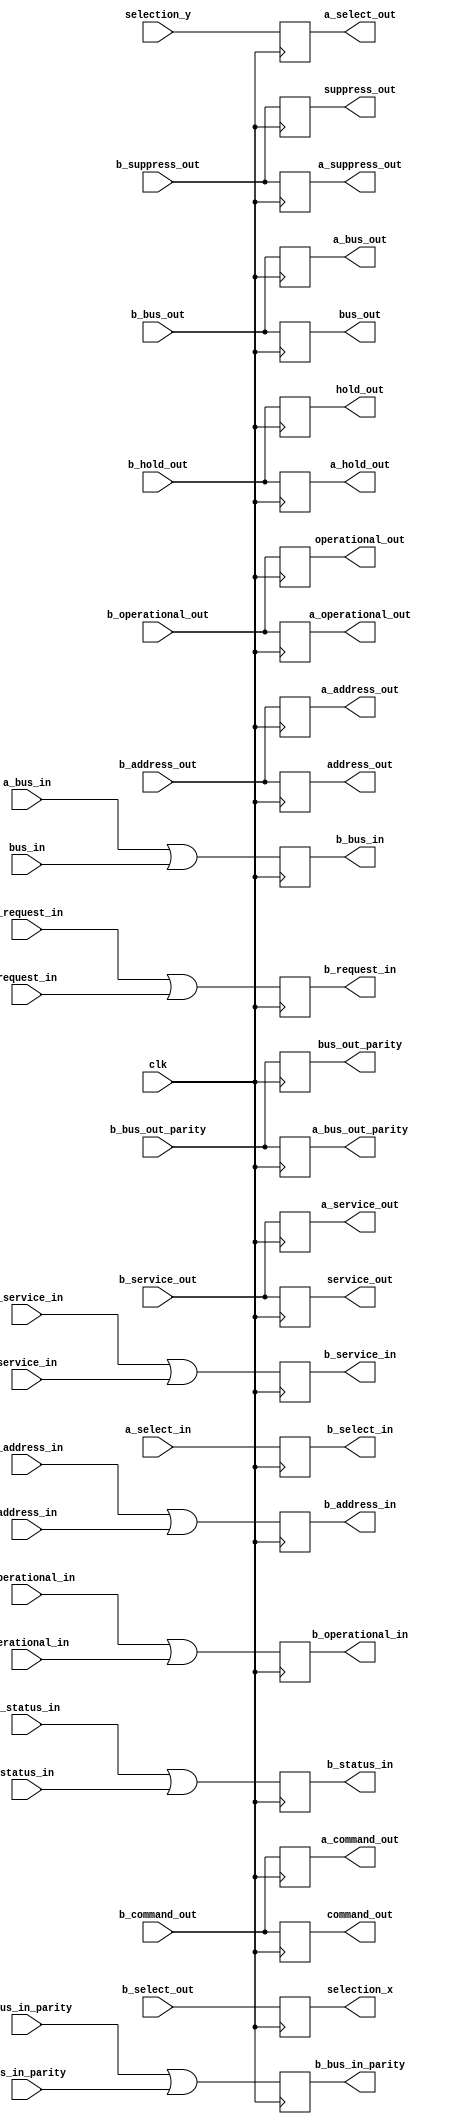
`default_nettype none

module tee (
    input wire clk,

    // Parallel Channel "B"...
    output reg [7:0] b_bus_in,
    output reg b_bus_in_parity,
    input wire [7:0] b_bus_out,
    input wire b_bus_out_parity,

    input wire b_operational_out,
    output reg b_request_in,
    input wire b_hold_out,
    input wire b_select_out,
    output reg b_select_in,
    input wire b_address_out,
    output reg b_operational_in,
    output reg b_address_in,
    input wire b_command_out,
    output reg b_status_in,
    output reg b_service_in,
    input wire b_service_out,
    input wire b_suppress_out,

    // Parallel Channel "A"...
    input wire [7:0] a_bus_in,
    input wire a_bus_in_parity,
    output reg [7:0] a_bus_out,
    output reg a_bus_out_parity,

    output reg a_operational_out,
    input wire a_request_in,
    output reg a_hold_out,
    output reg a_select_out,
    input wire a_select_in,
    output reg a_address_out,
    input wire a_operational_in,
    input wire a_address_in,
    output reg a_command_out,
    input wire a_status_in,
    input wire a_service_in,
    output reg a_service_out,
    output reg a_suppress_out,

    // Device...
    input wire [7:0] bus_in,
    input wire bus_in_parity,
    output reg [7:0] bus_out,
    output reg bus_out_parity,

    output reg operational_out,
    input wire request_in,
    output reg hold_out,
    output reg address_out,
    input wire operational_in,
    input wire address_in,
    output reg command_out,
    input wire status_in,
    input wire service_in,
    output reg service_out,
    output reg suppress_out,

    output reg selection_x,
    input wire selection_y
);
    parameter PRIORITY = 1'b1;
    parameter BYPASS = 1'b0;

    always @(posedge clk)
    begin
        b_bus_in <= a_bus_in | bus_in;
        b_bus_in_parity <= a_bus_in_parity | bus_in_parity;
        b_request_in <= a_request_in | request_in;
        b_select_in <= !PRIORITY && !BYPASS ? selection_y : a_select_in;
        b_operational_in <= a_operational_in | operational_in;
        b_address_in <= a_address_in | address_in;
        b_status_in <= a_status_in | status_in;
        b_service_in <= a_service_in | service_in;

        a_bus_out <= b_bus_out;
        a_bus_out_parity <= b_bus_out_parity;
        a_operational_out <= b_operational_out;
        a_hold_out <= b_hold_out;
        a_select_out <= PRIORITY && !BYPASS ? selection_y : b_select_out;
        a_address_out <= b_address_out;
        a_command_out <= b_command_out;
        a_service_out <= b_service_out;
        a_suppress_out <= b_suppress_out;

        bus_out <= b_bus_out;
        bus_out_parity <= b_bus_out_parity;
        operational_out <= b_operational_out;
        hold_out <= b_hold_out;
        address_out <= b_address_out;
        command_out <= b_command_out;
        service_out <= b_service_out;
        suppress_out <= b_suppress_out;

        selection_x <= !BYPASS ? (PRIORITY ? b_select_out : a_select_in) : 1'b0;
    end
endmodule